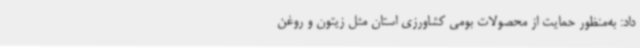
داد: به‌منظور حمایت از محصولات بومی کشاورزی استان مثل زیتون و روغن